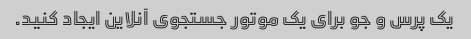
یک پرس و جو برای یک موتور جستجوی آنلاین ایجاد کنید.